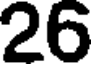
26